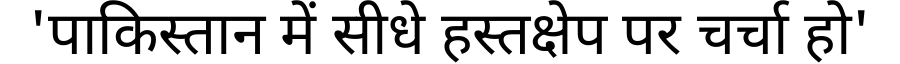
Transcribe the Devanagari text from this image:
'पाकिस्तान में सीधे हस्तक्षेप पर चर्चा हो'